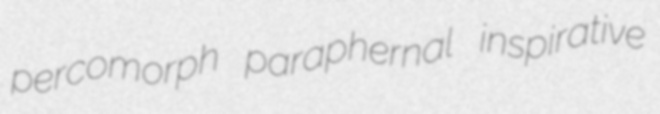
percomorph paraphernal inspirative